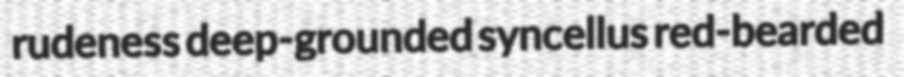
rudeness deep-grounded syncellus red-bearded